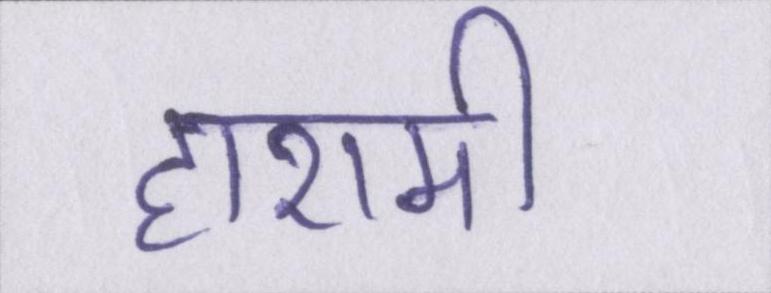
हाशमी